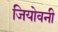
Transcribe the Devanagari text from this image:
जियोवनी